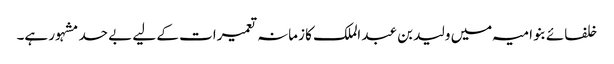
خلفائے بنو امیہ میں ولید بن عبد الملک کا زمانہ تعمیرات کے لیے بے حد مشہور ہے۔